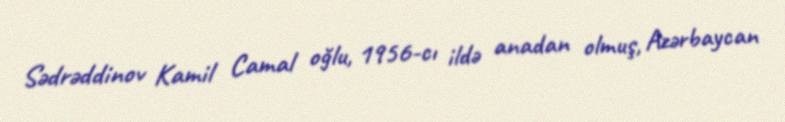
Sədrəddinov Kamil Camal oğlu, 1956-cı ildə anadan olmuş, Azərbaycan